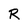
Character: R